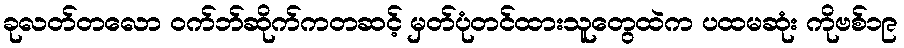
ခုလတ်တလော ဝက်ဘ်ဆိုက်ကတဆင့် မှတ်ပုံတင်ထားသူတွေထဲက ပထမဆုံး ကိုဗစ်၁၉